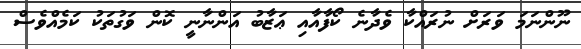
ނޫންނަމަ ވަރަށް ނުރައްކާ ވެދާނެ ކޯފާއާއި ޢަޒާބު އަންނާނީ ކޮން ވަގުތަކު ކަމެއްވެސް